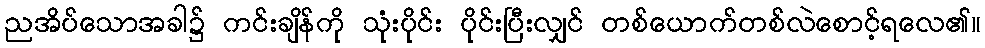
ညအိပ်သောအခါ၌ ကင်းချိန်ကို သုံးပိုင်း ပိုင်းပြီးလျှင် တစ်ယောက်တစ်လဲစောင့်ရလေ၏။